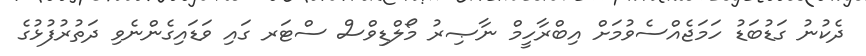
ދެކުނު ގަޑުބަޑު ހަމަޖެއްސެވުމަށް އިބްރާހީމް ނާޞިރު މޯލްޑިވްސް ސްޓަރ ގައި ވަޑައިގެންނެވި ދަތުރުފުޅުގެ